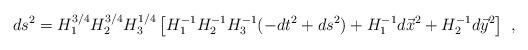
LaTeX: \begin{align*}ds^{2} = H_{1}^{3/4}H_{2}^{3/4}H_{3}^{1/4} \left[ H_1^{-1}H_2^{-1}H_3^{-1}(-dt^2 + ds^{2}) + H_1^{-1} d{\vec{x}}^{2} + H_{2}^{-1} d{\vec{y}}^{2} \right] ~,\end{align*}